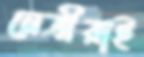
নেত্রীরাই